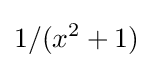
1/(x^{2}+1)